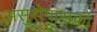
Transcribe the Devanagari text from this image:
असुरोपासकों